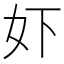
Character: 𫰈